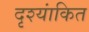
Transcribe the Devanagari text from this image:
दृश्यांकित